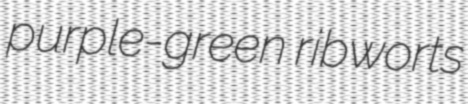
purple-green ribworts